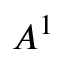
A ^ { 1 }